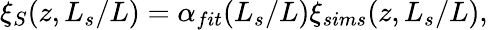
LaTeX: \xi_{S}(z,L_{s}/L)=\alpha_{fit}(L_{s}/L)\xi_{sims}(z,L_{s}/L),